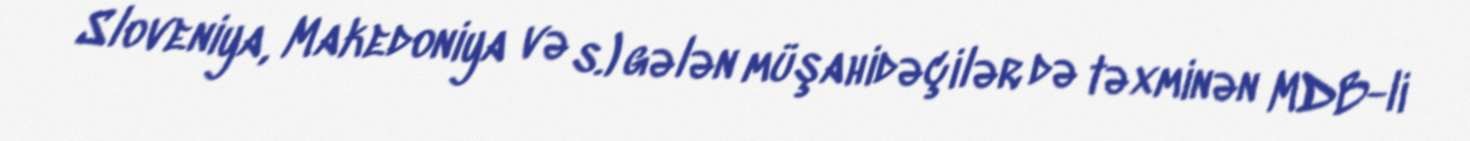
Sloveniya, Makedoniya və s.) gələn müşahidəçilər də təxminən MDB-li